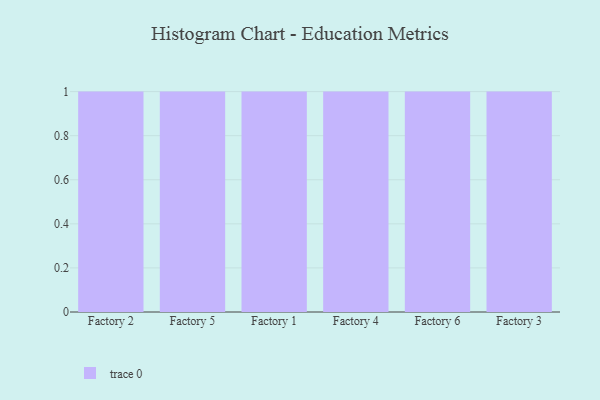
{"axis": {"x": "Factory", "y": "Production Output"}, "legend": [""], "data": [{"x": "Factory 2", "y": 73, "type": ""}, {"x": "Factory 5", "y": 77, "type": ""}, {"x": "Factory 1", "y": 40, "type": ""}, {"x": "Factory 4", "y": 44, "type": ""}, {"x": "Factory 6", "y": 73, "type": ""}, {"x": "Factory 3", "y": 13, "type": ""}]}